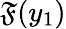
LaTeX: \mathfrak{F}(y_{1})